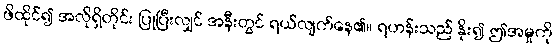
ဖိထိုင်၍ အလိုရှိတိုင်း ပြုပြီးလျှင် အနီးတွင် ရယ်လျက်နေ၏။ ရဟန်းသည် နိုး၍ ဤအမှုကို